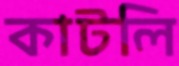
কাটলি